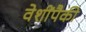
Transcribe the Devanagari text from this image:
वेशींपैकी